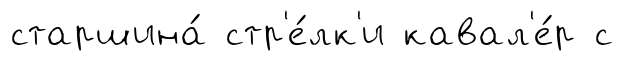
старшина́ стр'е́лк'и кавал'е́р с